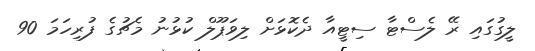
ލީގުގައި ރޭ ލެސްޓާ ސިޓީއާ ދެކޮޅަށް ލިވަޕޫލް ކުޅުނު މެޗުގެ ފުރިހަމަ 90